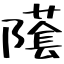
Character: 𨼲